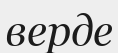
верде